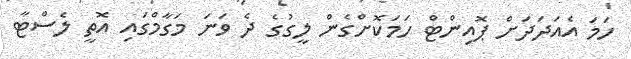
ހަމަ އެއަދަދަށް ޕޮއިންޓް ހަމަކޮށްގެން ލީގުގެ ދެ ވަނަ މަގާމްގައި އޮތީ ލެސްޓާ